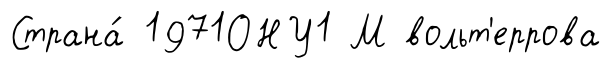
Страна́ 1971ОНУ1 М вольт'еррова